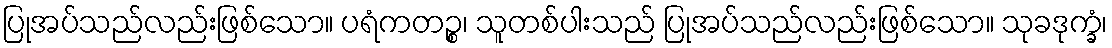
ပြုအပ်သည်လည်းဖြစ်သော။ ပရံကတဉ္စ၊ သူတစ်ပါးသည် ပြုအပ်သည်လည်းဖြစ်သော။ သုခဒုက္ခံ၊